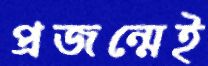
প্রজন্মেই